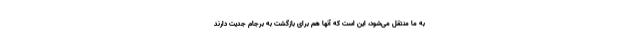
به ما منتقل می‌شود، این است که آنها هم برای بازگشت به برجام جدیت دارند